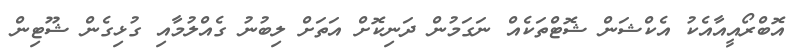
އޮބްރޯއީއާއެކު އެކްޝަން ޝޮޓްތަކެއް ނަގަމުން ދަނިކޮށް އަތަށް ލިބުނު ގެއްލުމާއި ގުޅިގެން ޝޫޓިން